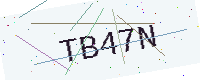
Text: TB47N